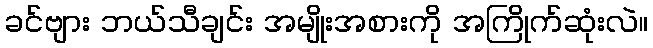
ခင်ဗျား ဘယ်သီချင်း အမျိုးအစားကို အကြိုက်ဆုံးလဲ။